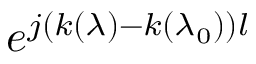
e ^ { j ( k ( \lambda ) - k ( \lambda _ { 0 } ) ) l }